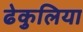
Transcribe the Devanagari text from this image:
ढेकुलिया